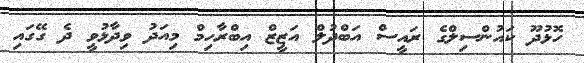
ހޮޅުދޫ ކައުންސިލްގެ ރައީސް އަބްދުލް އަޒީޒް އިބްރާހިމް މިއަދު ވިދާޅުވީ ދެ ގޭގައި